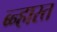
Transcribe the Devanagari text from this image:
ब्न्हारत